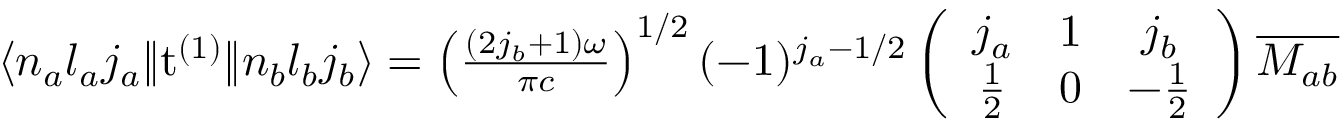
\begin{array} { r } { \langle n _ { a } l _ { a } j _ { a } \| \mathrm { t } ^ { ( 1 ) } \| n _ { b } l _ { b } j _ { b } \rangle = \left( \frac { ( 2 j _ { b } + 1 ) \omega } { \pi c } \right) ^ { 1 / 2 } ( - 1 ) ^ { j _ { a } - 1 / 2 } \left( \begin{array} { c c c } { j _ { a } } & { 1 } & { j _ { b } } \\ { \frac { 1 } { 2 } } & { 0 } & { - \frac { 1 } { 2 } } \end{array} \right) \overline { { M _ { a b } } } } \end{array}